Report on the Nagpur School of Medicine, Central Provinces
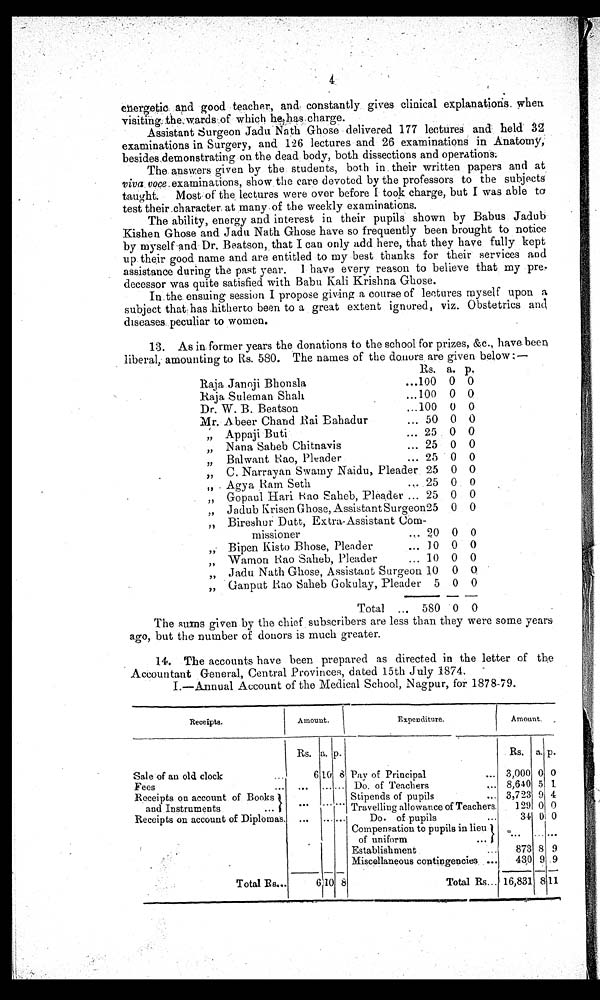
4
energetic and good teacher, and constantly gives clinical explanations when
visiting the wards of which he has charge.
Assistant surgeon Jadu Nath Ghose delivered 177 lectures and held 32
examinations in Surgery, and 126 lectures and 26 examinations in Anatomy,
besides demonstrating on the dead body, both dissections and operations.
The answers given by the students, both in their written papers and at
viva voce examinations, show the care devoted by the professors to the subjects
taught. Most of the lectures were over before I took charge, but I was able to
test their character at many of the weekly examinations.
The ability, energy and interest in their pupils shown by Babus Jadub
Kishen Ghose and Jadu Nath Ghose have so frequently been brought to notice
by myself and Dr. Beatson, that I can only add here, that they have fully kept
up their good name and are entitled to my best thanks for their services and
assistance during the past year. I have every reason to believe that my pre-
decessor was quite satisfied with Babu Kali Krishna Ghose.
In the ensuing session I propose giving a course of lectures myself upon a
subject that has hitherto been to a great extent ignored, viz. Obstetrics and
diseases peculiar to women.
13. As in former years the donations to the school for prizes, &c., have been
liberal, amounting to Rs. 580. The names of the donors are given below :—
Rs. a. p.
Raja Janoji Bhonsla
...
1 0 0 0 0
Raja Suleman Shah
...
1 0 0 0 0
Dr. W. B. Beatson
... 100 0 0
Mr. Abeer Chand Rai Bahadur
... 50 0 0
,, Appaji Buti
... 25 0 0
,, Nana Saheb Chitnavis
... 25 0 0
,, Balwant Rao, Pleader
...
25 0 0
,, C. Narrayan Swamy Naidu, Pleader 25 0 0
,, Agya Ram Seth
... 25 0 0
,, Gopaul Hari Rao Saheb, Pleader
... 25 0 0
„ Jadub Krisen Ghose, Assistant Surgeon 25 0 0
,, Bireshur Dutt, Extra-Assistant Com-
missioner
... 20 0 0
,, Bipen Kisto Bhose, Pleader
... 10 0 0
,, Wamon Rao Saheb, Pleader
... 10 0 0
„ Jadu Nath Ghose, Assistant Surgeon 10 0 0
,, Ganput Rao Saheb Gokulay, Pleader 5 0 0
Total ...
580 0 0
The sums given by the chief subscribers are less than they were some years
ago, but the number of donors is much greater.
14. The accounts have been prepared as directed in the letter of the
Accountant General, Central Provinces, dated 15th July 1874
.
15.
I.—Annual Account of the Medical School, Nagpur, for 1878-79.
Receipts.
Amount.
Expenditure.
Amount.
Rs. a. p.
Rs. a. p.
Sale of an old clock
...
6 10 8 Pay of Principal
... 3,000 0 0
Fees
...
... ... ...
Do. of Teachers
... 8,640 5 1
Receipts on account of Books
Stipends of pupils
... 3,723 9 4
and Instruments
... ... ... ...
Travelling allowance of Teachers.
129 0 0
Receipts on account of Diplomas. ... ... ...
Do. of pupils
...
34 0 0
Compensation to pupils in lieu
of uniform
... ... ... ...
Establishment
...
873 8 9
Miscellaneous contingencies
...
430 9 9
Total Rs...
6 1 0 8
Total Rs... 16,831 8 11